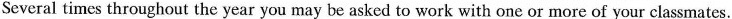
Several times throughout the year you may be asked to work with one or more of your classmates.